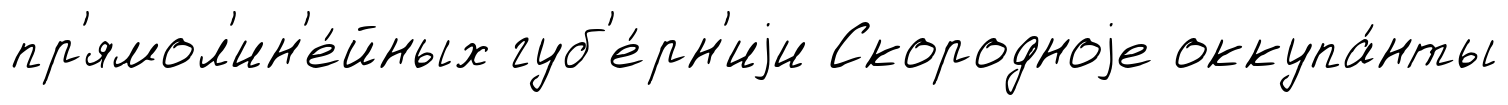
пр'ямол'ин'е́йных губ'е́рн'иjи Скородноjе оккупа́нты